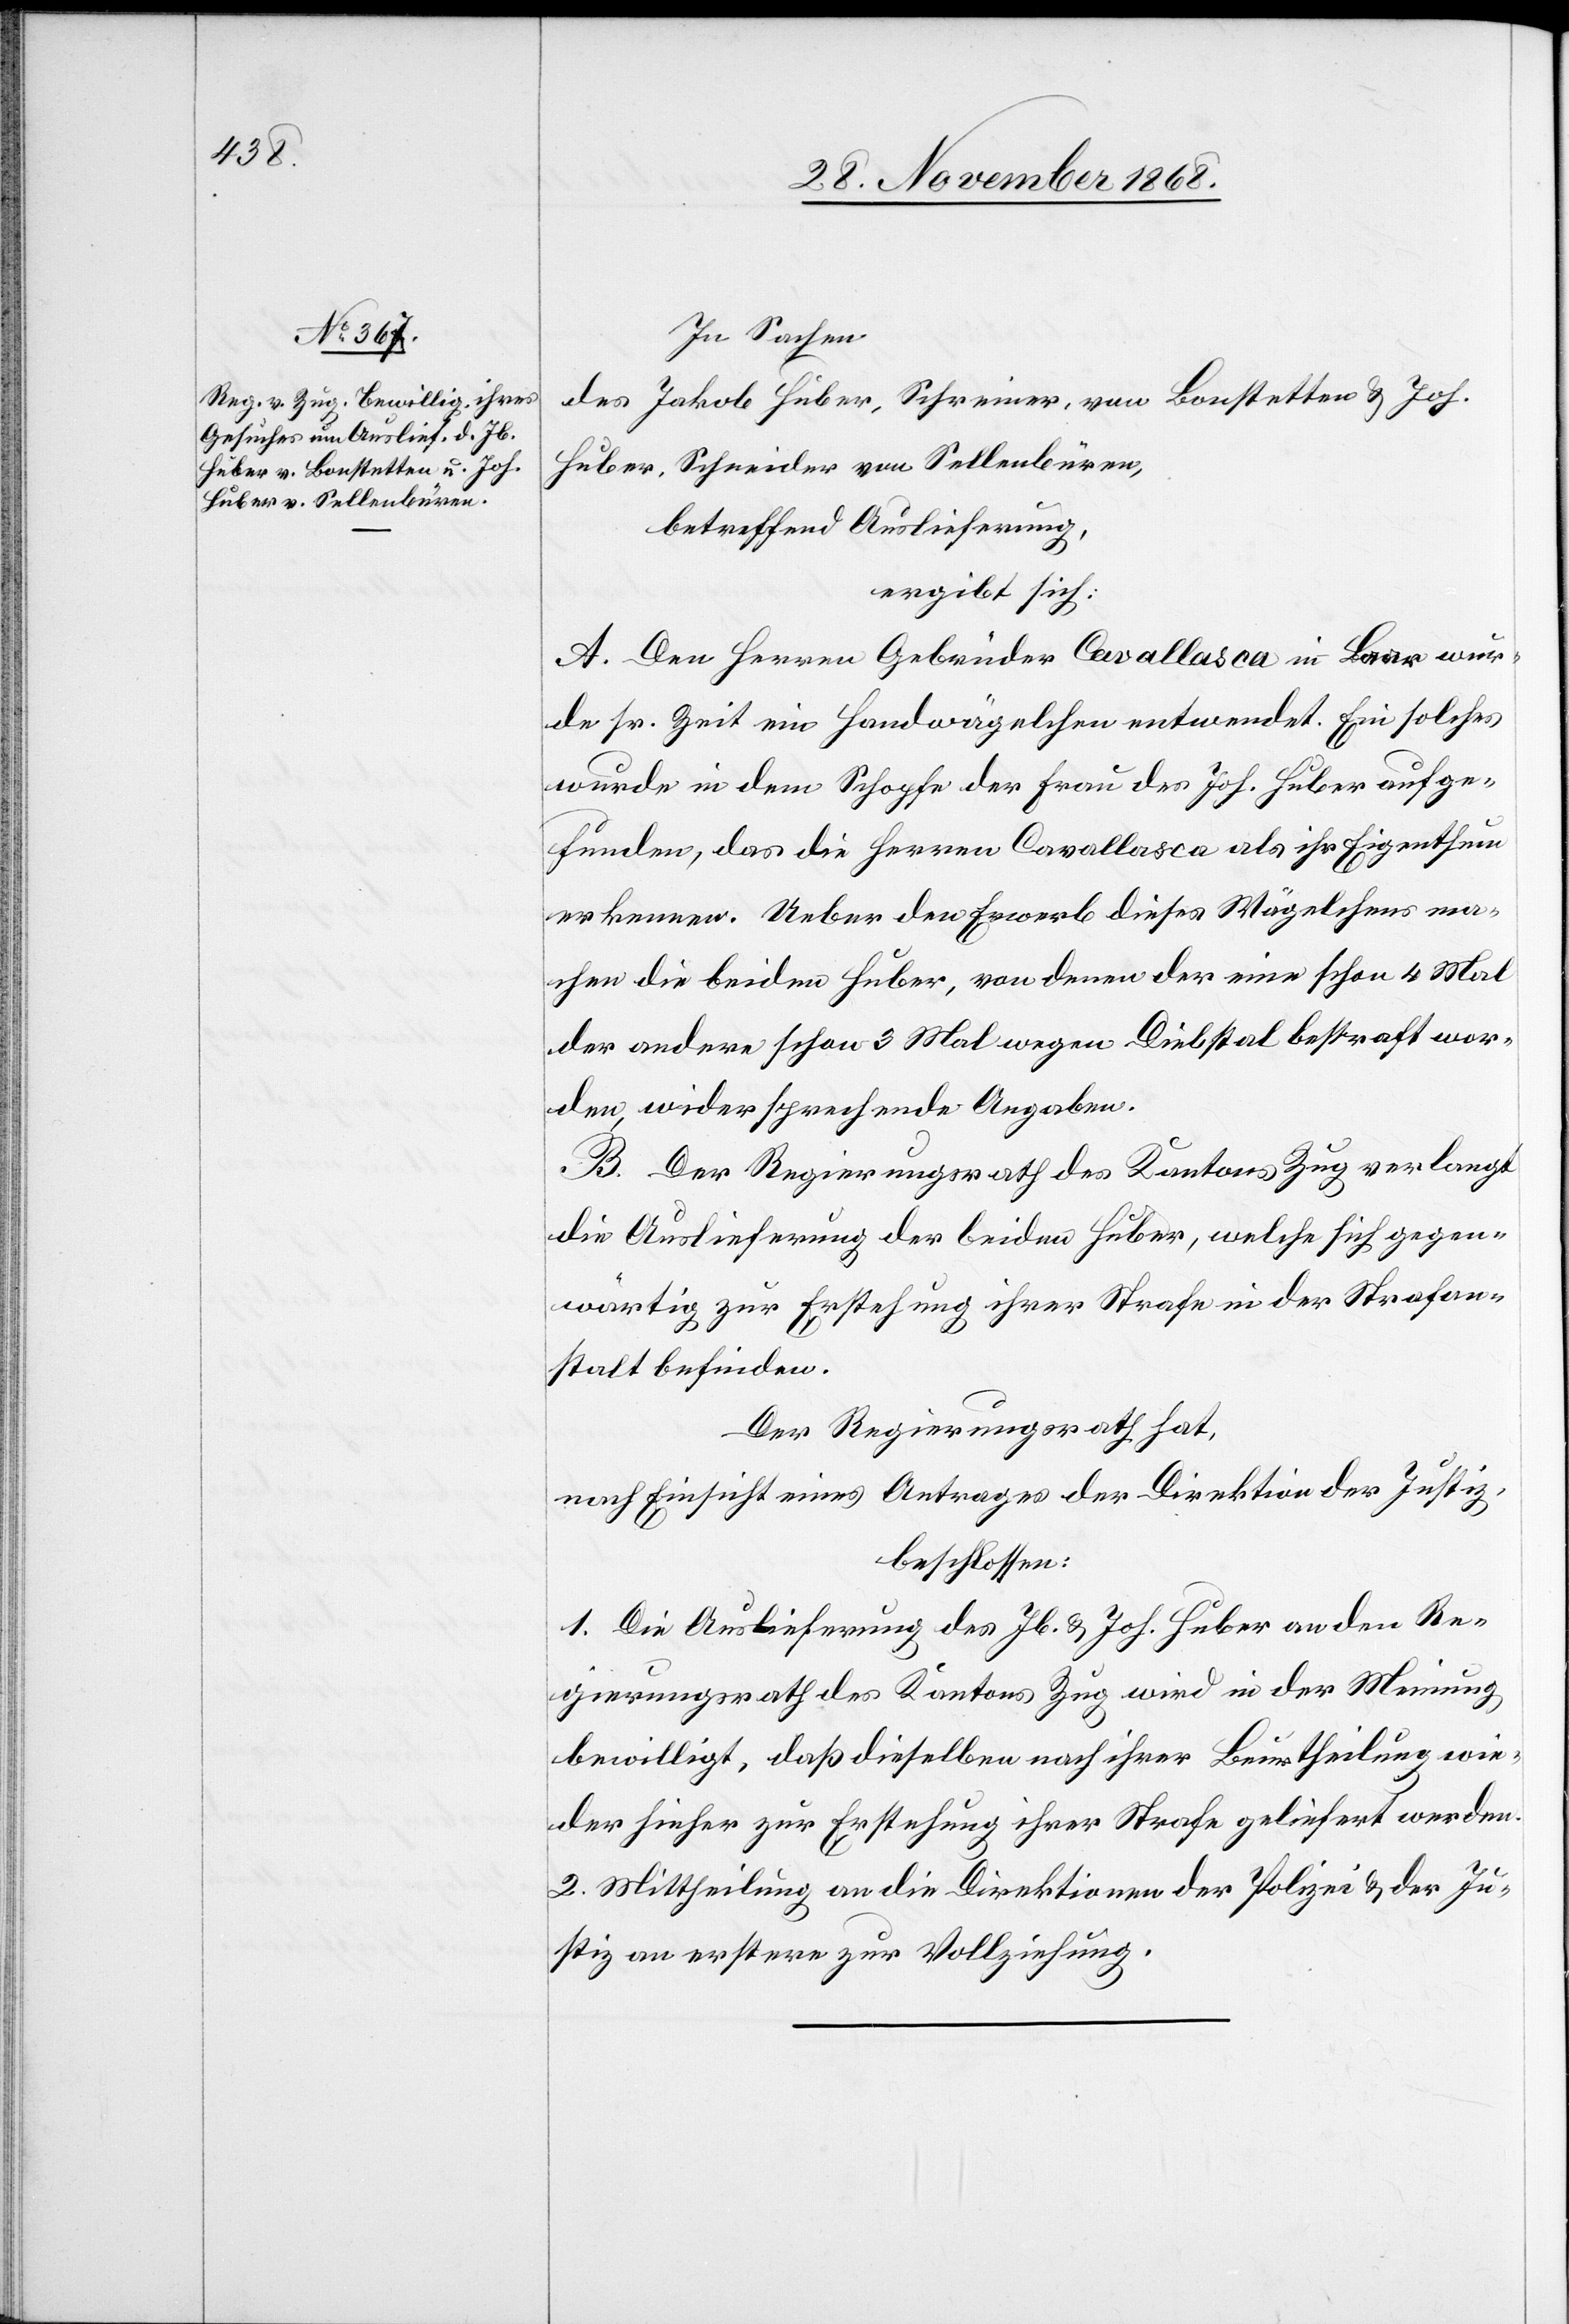
In Sachen
des Jakob Huber, Schreiner, von Bonstetten & Joh.
Huber, Schneider von Sellenbüren,
betreffend Auslieferung,
ergibt sich:
A. Den Herren Gebrüder Cavallasca in Baar wur¬
de sr. Zeit ein Handwägelchen entwendet. Ein solches
wurde in dem Schopfe der Frau des Joh. Huber aufge¬
funden, das die Herren Cavallasca als ihr Eigenthum
erkennen. Ueber den Erwerb dieses Wägelchens ma¬
chen die beiden Huber, von denen der eine schon 4 Mal
der andere schon 3 Mal wegen Diebstal bestraft wor¬
den, widersprechende Angaben.
B. Der Regierungsrath des Kantons Zug verlangt
die Auslieferung der beiden Huber, welche sich gegen¬
wärtig zur Erstehung ihrer Strafe in der Strafan¬
stalt befinden.
Der Regierungsrath hat,
nach Einsicht eines Antrages der Direktion der Justiz,
beschlossen:
1. Die Auslieferung des Jb. & Joh. Huber an den Re¬
gierungsrath des Kantons Zug wird in der Meinung
bewilligt, daß dieselben nach ihrer Beurtheilung wie¬
der hieher zur Erstehung ihrer Strafe geliefert werden.
2. Mittheilung an die Direktionen der Polizei & der Ju¬
stiz an erstere zur Vollziehung.